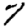
Digit: 7